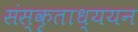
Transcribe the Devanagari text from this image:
संस्कृताध्ययन